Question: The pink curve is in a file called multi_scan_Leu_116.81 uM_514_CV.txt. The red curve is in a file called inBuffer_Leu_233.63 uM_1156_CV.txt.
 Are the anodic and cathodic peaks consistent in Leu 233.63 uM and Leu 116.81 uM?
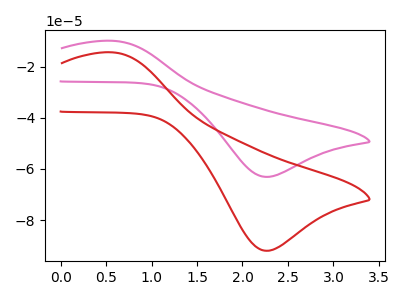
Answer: <think>The pink curve "Leu 116.81 uM" has an anodic peak at (0.55V, -9.85uA) and a cathodic peak at (2.25V, -63.10uA). The red curve "Leu 233.63 uM" has an anodic peak at (0.55V, -14.40uA) and a cathodic peak at (2.25V, -91.95uA).</think>
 <answer>Yes, "Leu 233.63 uM" have a peak in "Leu 116.81 uM" at the same potential.</answer>
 <eval>match</eval>